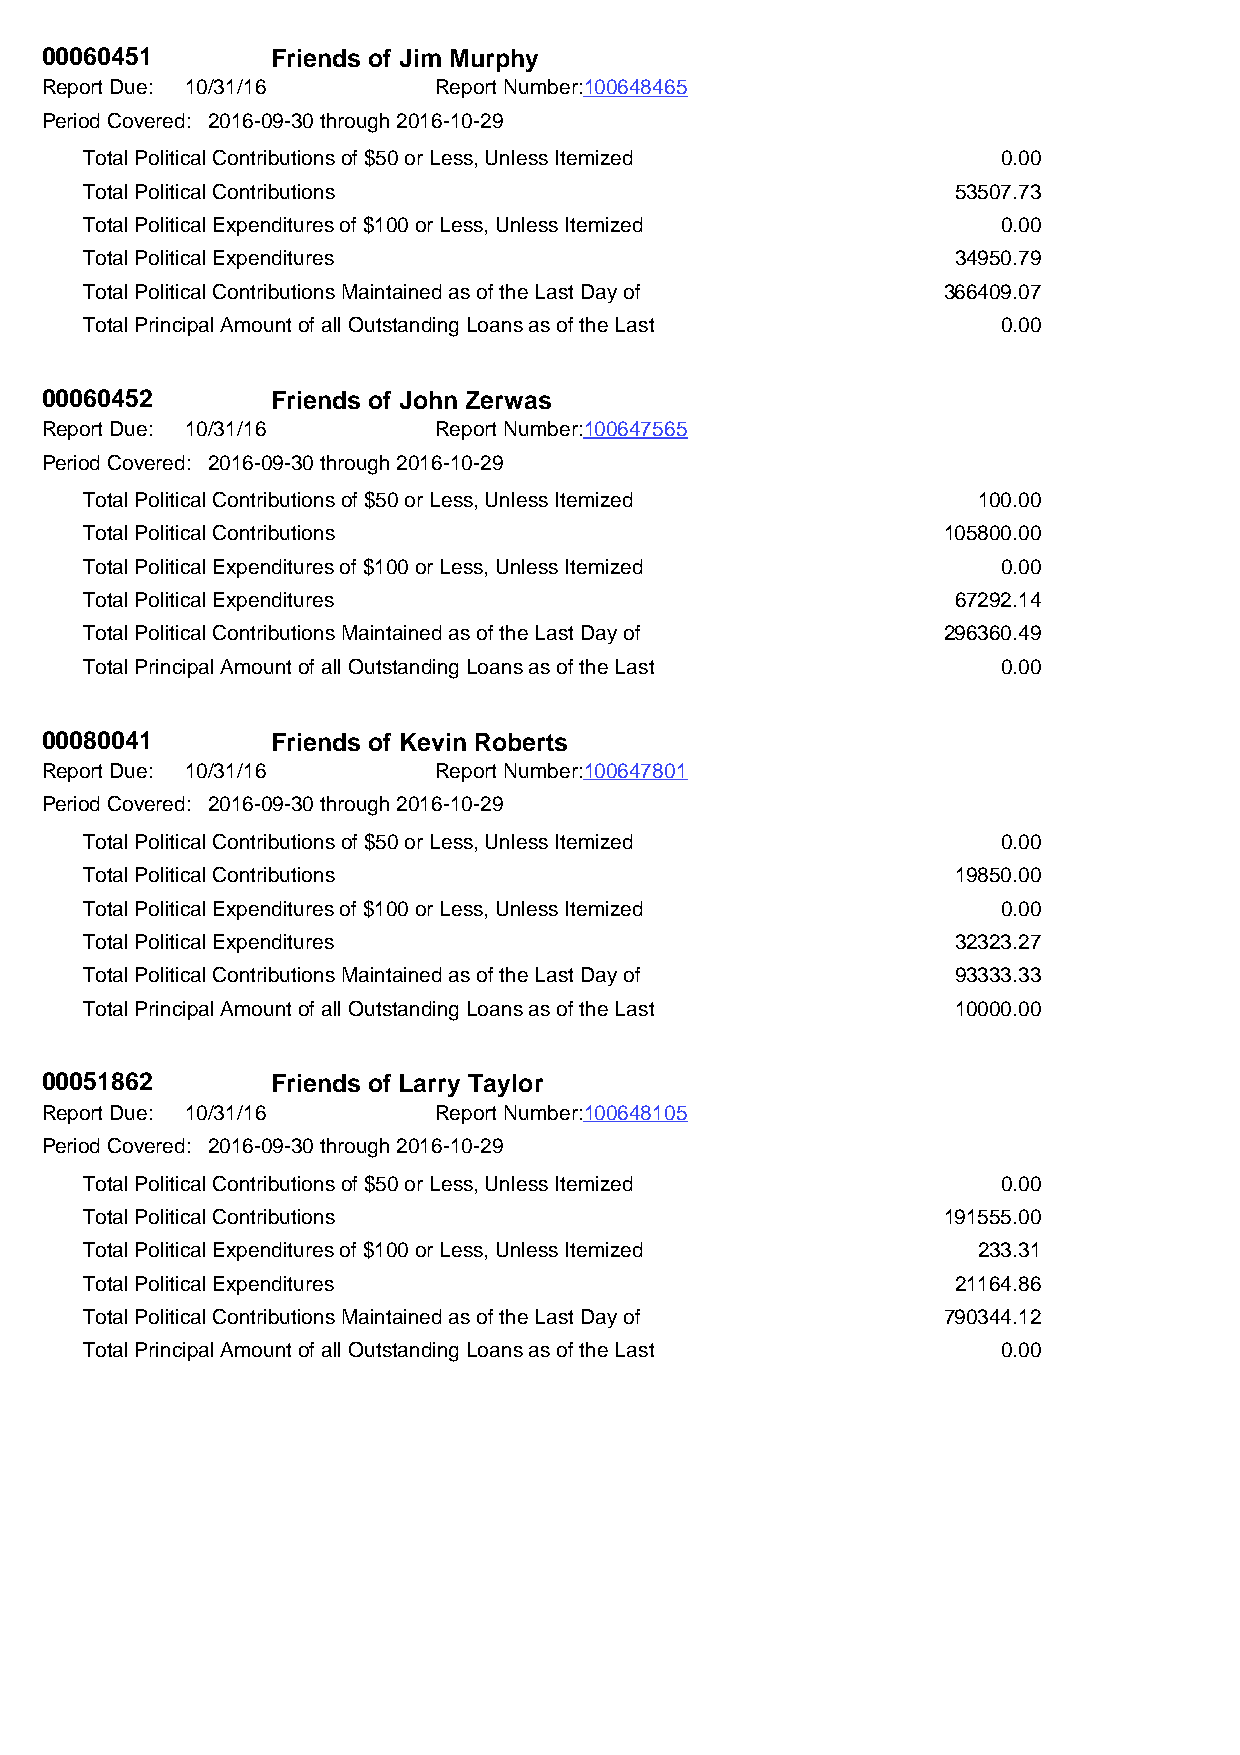
00060451       Friends of Jim Murphy
 Report Due: 10/31/16      Report Number:100648465
 Period Covered: 2016-09-30 through 2016-10-29
 Total Political Contributions of $50 or Less, Unless Itemized 0.00
 Total Political Contributions                            53507.73
 Total Political Expenditures of $100 or Less, Unless Itemized 0.00
 Total Political Expenditures                             34950.79
 Total Political Contributions Maintained as of the Last Day of 366409.07
 Total Principal Amount of all Outstanding Loans as of the Last 0.00
 00060452       Friends of John Zerwas
 Report Due: 10/31/16      Report Number:100647565
 Period Covered: 2016-09-30 through 2016-10-29
 Total Political Contributions of $50 or Less, Unless Itemized 100.00
 Total Political Contributions                           105800.00
 Total Political Expenditures of $100 or Less, Unless Itemized 0.00
 Total Political Expenditures                             67292.14
 Total Political Contributions Maintained as of the Last Day of 296360.49
 Total Principal Amount of all Outstanding Loans as of the Last 0.00
 00080041       Friends of Kevin Roberts
 Report Due: 10/31/16      Report Number:100647801
 Period Covered: 2016-09-30 through 2016-10-29
 Total Political Contributions of $50 or Less, Unless Itemized 0.00
 Total Political Contributions                            19850.00
 Total Political Expenditures of $100 or Less, Unless Itemized 0.00
 Total Political Expenditures                             32323.27
 Total Political Contributions Maintained as of the Last Day of 93333.33
 Total Principal Amount of all Outstanding Loans as of the Last 10000.00
 00051862       Friends of Larry Taylor
 Report Due: 10/31/16      Report Number:100648105
 Period Covered: 2016-09-30 through 2016-10-29
 Total Political Contributions of $50 or Less, Unless Itemized 0.00
 Total Political Contributions                           191555.00
 Total Political Expenditures of $100 or Less, Unless Itemized 233.31
 Total Political Expenditures                             21164.86
 Total Political Contributions Maintained as of the Last Day of 790344.12
 Total Principal Amount of all Outstanding Loans as of the Last 0.00